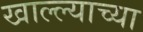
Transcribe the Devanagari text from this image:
खाल्ल्याच्या